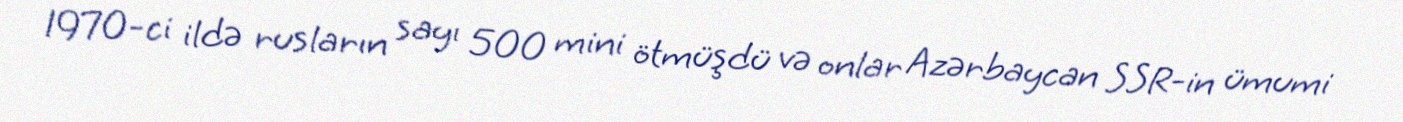
1970-ci ildə rusların sayı 500 mini ötmüşdü və onlar Azərbaycan SSR-in ümumi